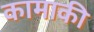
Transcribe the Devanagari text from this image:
कामाकी